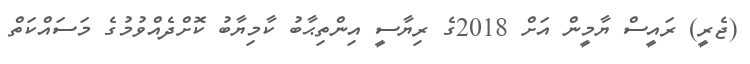
(ޖެރީ) ރައީސް ޔާމީން އަށް 2018ގެ ރިޔާސީ އިންތިޙާބު ކާމިޔާބު ކޮށްދެއްވުމުގެ މަސައްކަތް